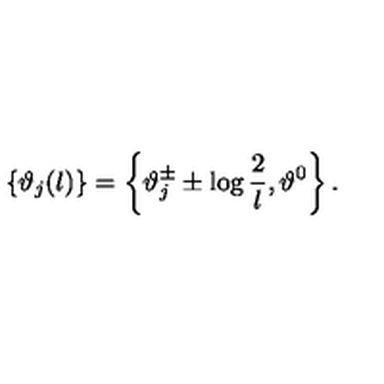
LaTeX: \left\{ \vartheta _ { j } ( l ) \right\} = \left\{ \vartheta _ { j } ^ { \pm } \pm \log \displaystyle \frac { 2 } { l } , \vartheta ^ { 0 } \right\} .